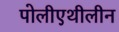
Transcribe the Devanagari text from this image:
पोलीएथीलीन